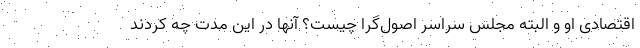
اقتصادی او و البته مجلس سراسر اصول‌گرا چیست؟ آنها در این مدت چه کردند